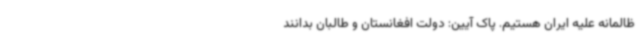
ظالمانه علیه ایران هستیم. پاک آیین: دولت افغانستان و طالبان بدانند